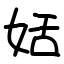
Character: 姡